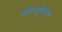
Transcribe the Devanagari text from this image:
परिपूर्णशास्त्र